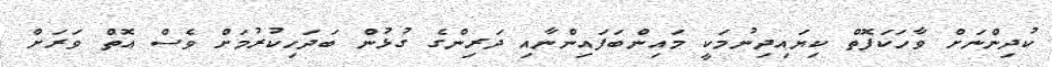
ކުދިންނަށް ވާހަކަފޮތް ކިޔައިދިނުމަކީ މައިންބަފައިންނާއި ދަރިންގެ ގުޅުން ބަދަހިކުރުމަށް ވެސް އޮތް ވަރަށް